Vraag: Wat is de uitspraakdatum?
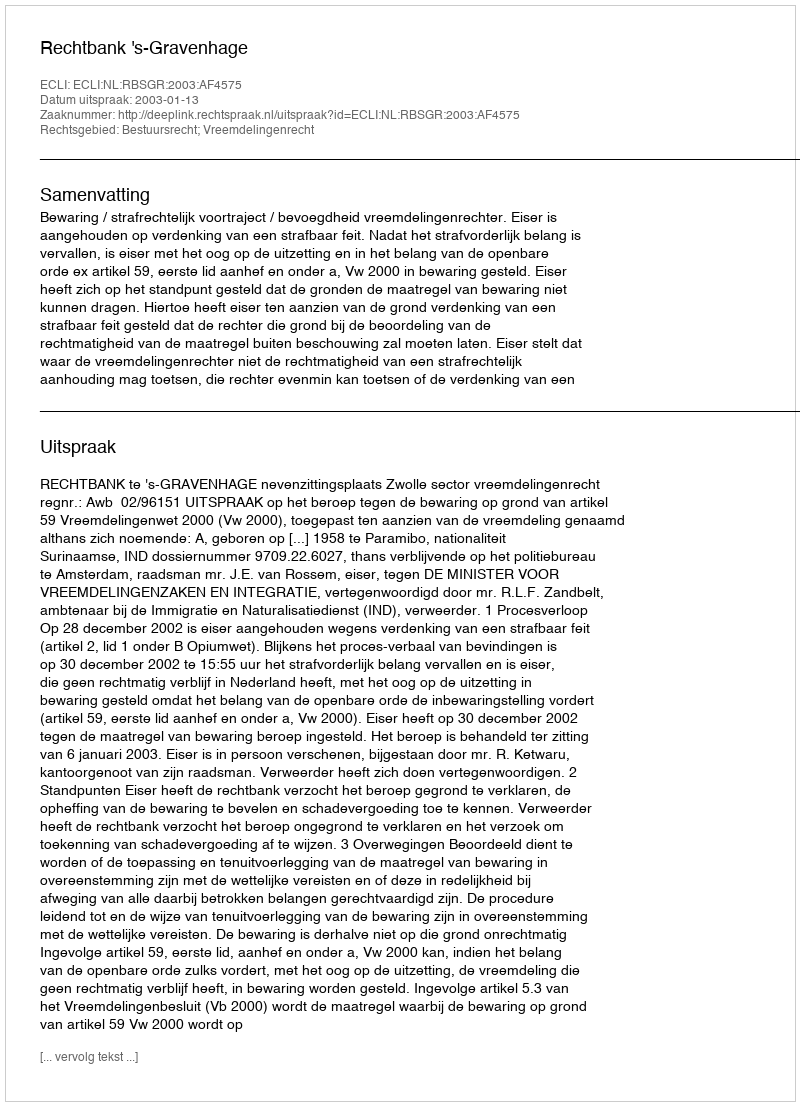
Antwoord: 2003-01-13